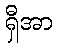
ရှီအာ